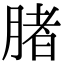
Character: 䐗